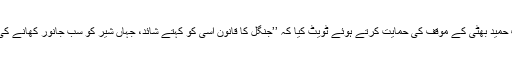
سیدہ زارا زاہد نامی خاتون صارف نے عارف حمید بھٹی کے موقف کی حمایت کرتے ہوئے ٹویٹ کیا کہ ’’جنگل کا قانون اسی کو کہتے شائد، جہاں شیر کو سب جانور کھانے کی اجازت ہے کیونکہ اس کے پاس طاقت ہے؟